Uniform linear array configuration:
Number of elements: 8
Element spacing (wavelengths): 0.25
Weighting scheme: exponential
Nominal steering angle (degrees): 0
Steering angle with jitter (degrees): -0.9807
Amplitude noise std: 0.05
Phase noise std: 0.05

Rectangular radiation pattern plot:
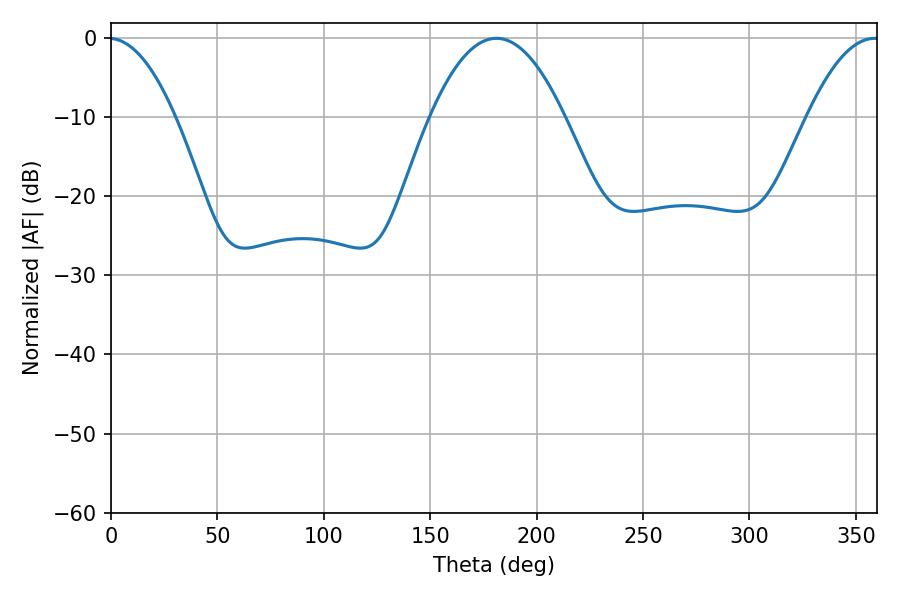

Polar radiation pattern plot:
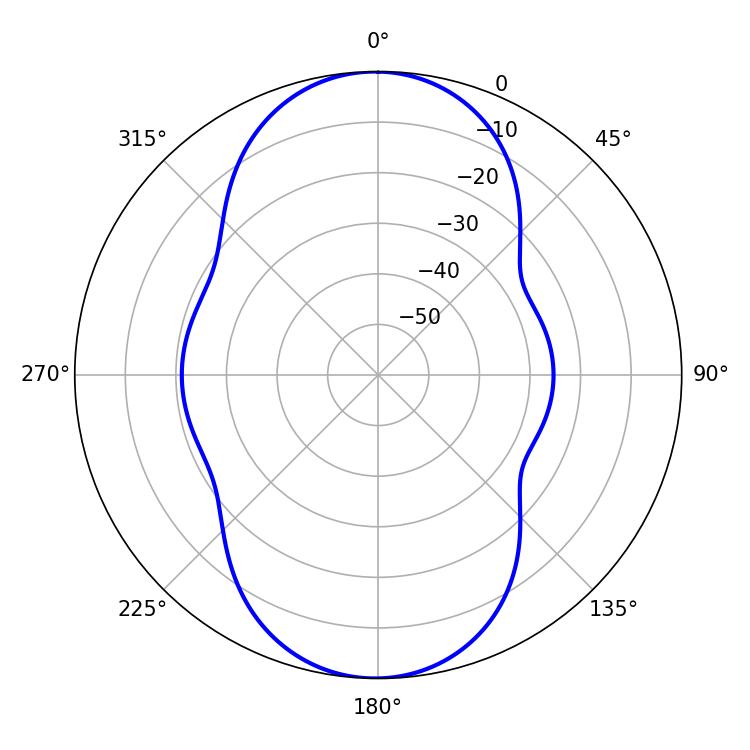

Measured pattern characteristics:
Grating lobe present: FALSE
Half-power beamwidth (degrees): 34.74
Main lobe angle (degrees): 181.08